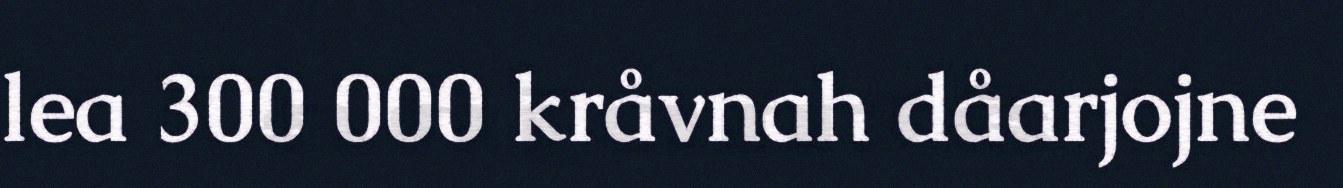
lea 300 000 kråvnah dåarjojne